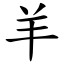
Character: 羊